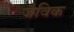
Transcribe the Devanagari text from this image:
जैविक